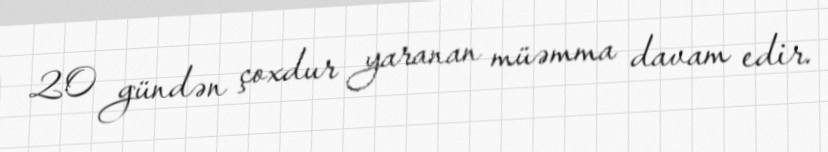
20 gündən çoxdur yaranan müəmma davam edir.